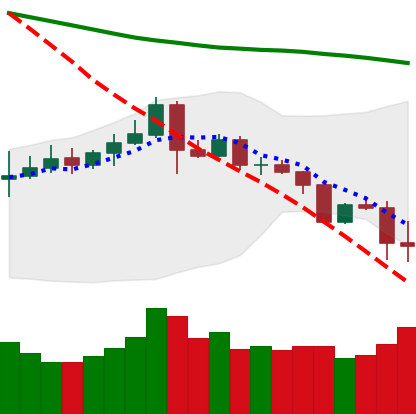
Ticker: ETC-USD
Chart end date: 2019-11-19
Forward return: -14.966%
Label: down_7plus